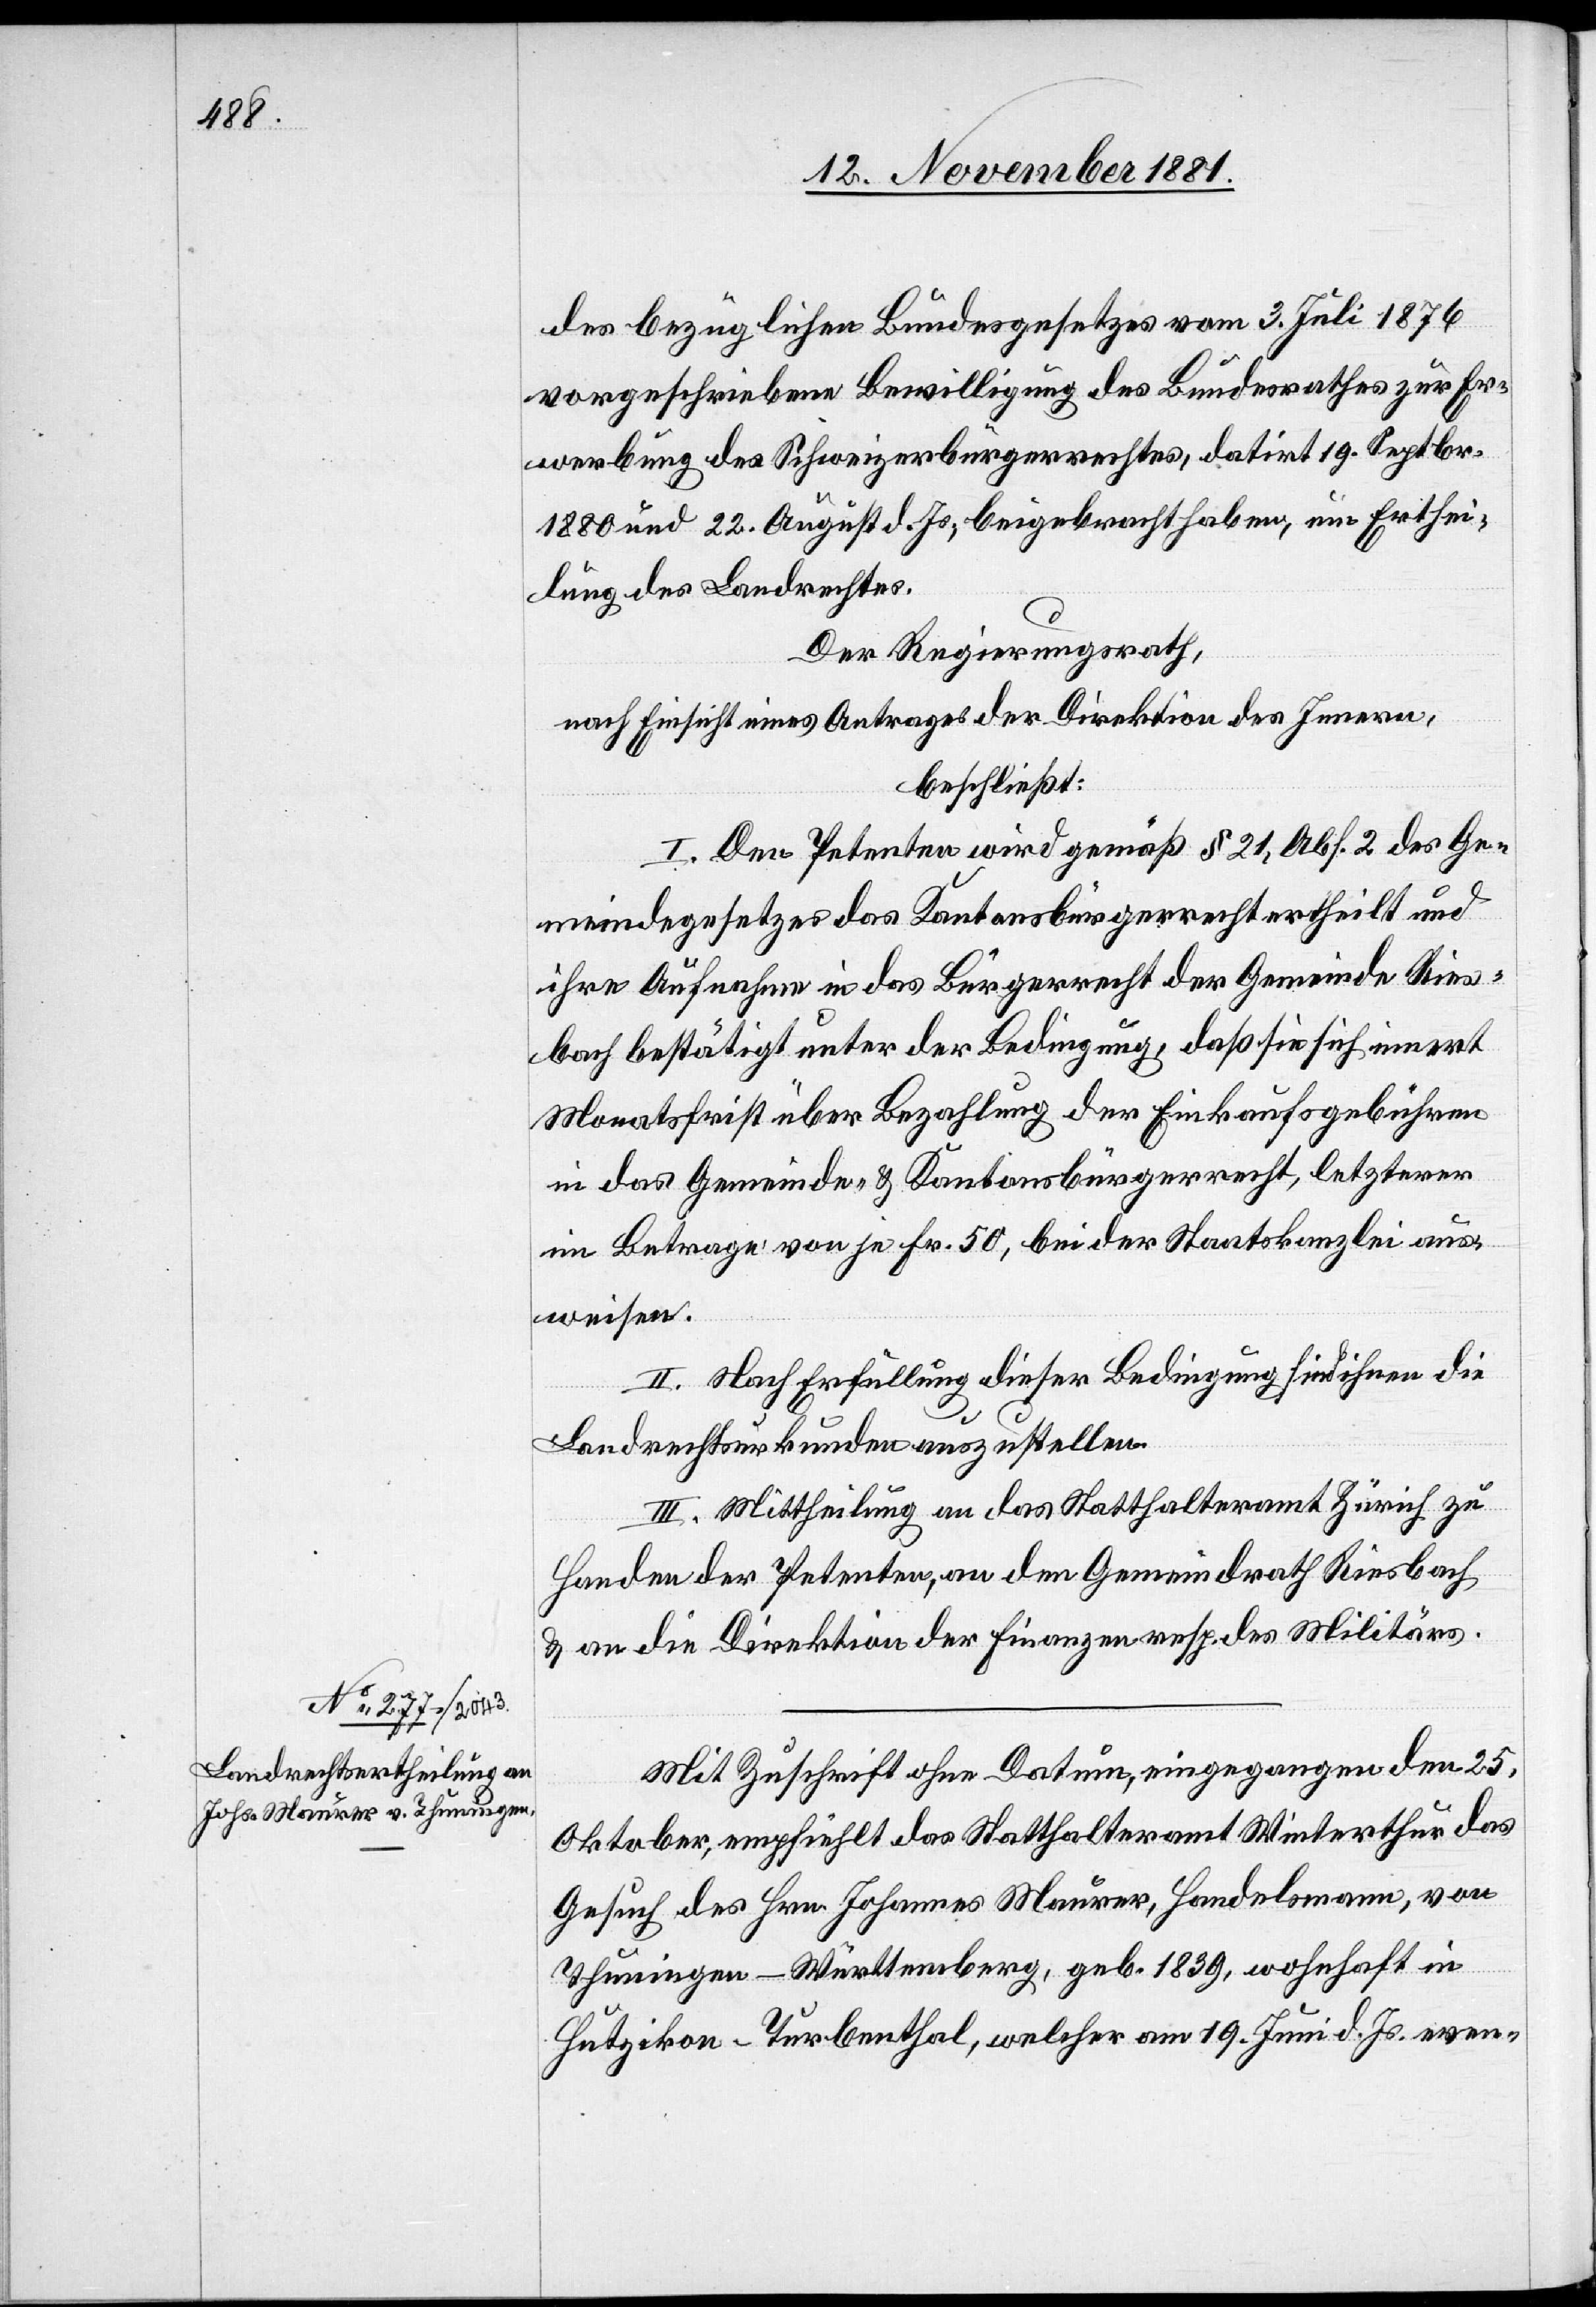
des bezüglichen Bundesgesetzes vom 3. Juli 1876
vorgeschriebene Bewilligung des Bundesrathes zur Er¬
werbung des Schweizerbürgerrechtes, datirt 19. Septbr.
1880 und 22. August d. Js., beigebracht haben, um Erthei¬
lung des Landrechtes.
Der Regierungsrath,
nach Einsicht eines Antrages der Direktion des Innern,
beschließt:
I. Den Petenten wird gemäß § 21, Abs. 2 des Ge¬
meindegesetzes das Kantonsbürgerrecht ertheilt und
ihre Aufnahme in das Bürgerrecht der Gemeinde Ries¬
bach bestätigt unter der Bedingung, daß sie sich innert
Monatsfrist über Bezahlung der Einkaufsgebühren
in das Gemeinde- & Kantonsbürgerrecht, letzterer
im Betrage von je Fr. 50, bei der Staatskanzlei aus¬
weisen.
II. Nach Erfüllung dieser Bedingung sind ihnen die
Landrechtsurkunden auszustellen.
III. Mittheilung an das Statthalteramt Zürich zu
Handen der Petenten, an den Gemeindrath Riesbach
& an die Direktion der Finanzen resp. des Militärs.
Mit Zuschrift ohne Datum, eingegangen den 25.
Oktober, empfiehlt das Statthalteramt Winterthur das
Gesuch des Hrn. Johannes Maurer, Handelsmann, von
Thuningen - Württemberg, geb. 1839, wohnhaft in
Hutzikon - Turbenthal, welcher am 19. Juni d. Js. even-